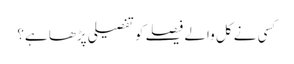
کسی نے کل والے فیصلے کو تفصیلی پڑھا ہے؟